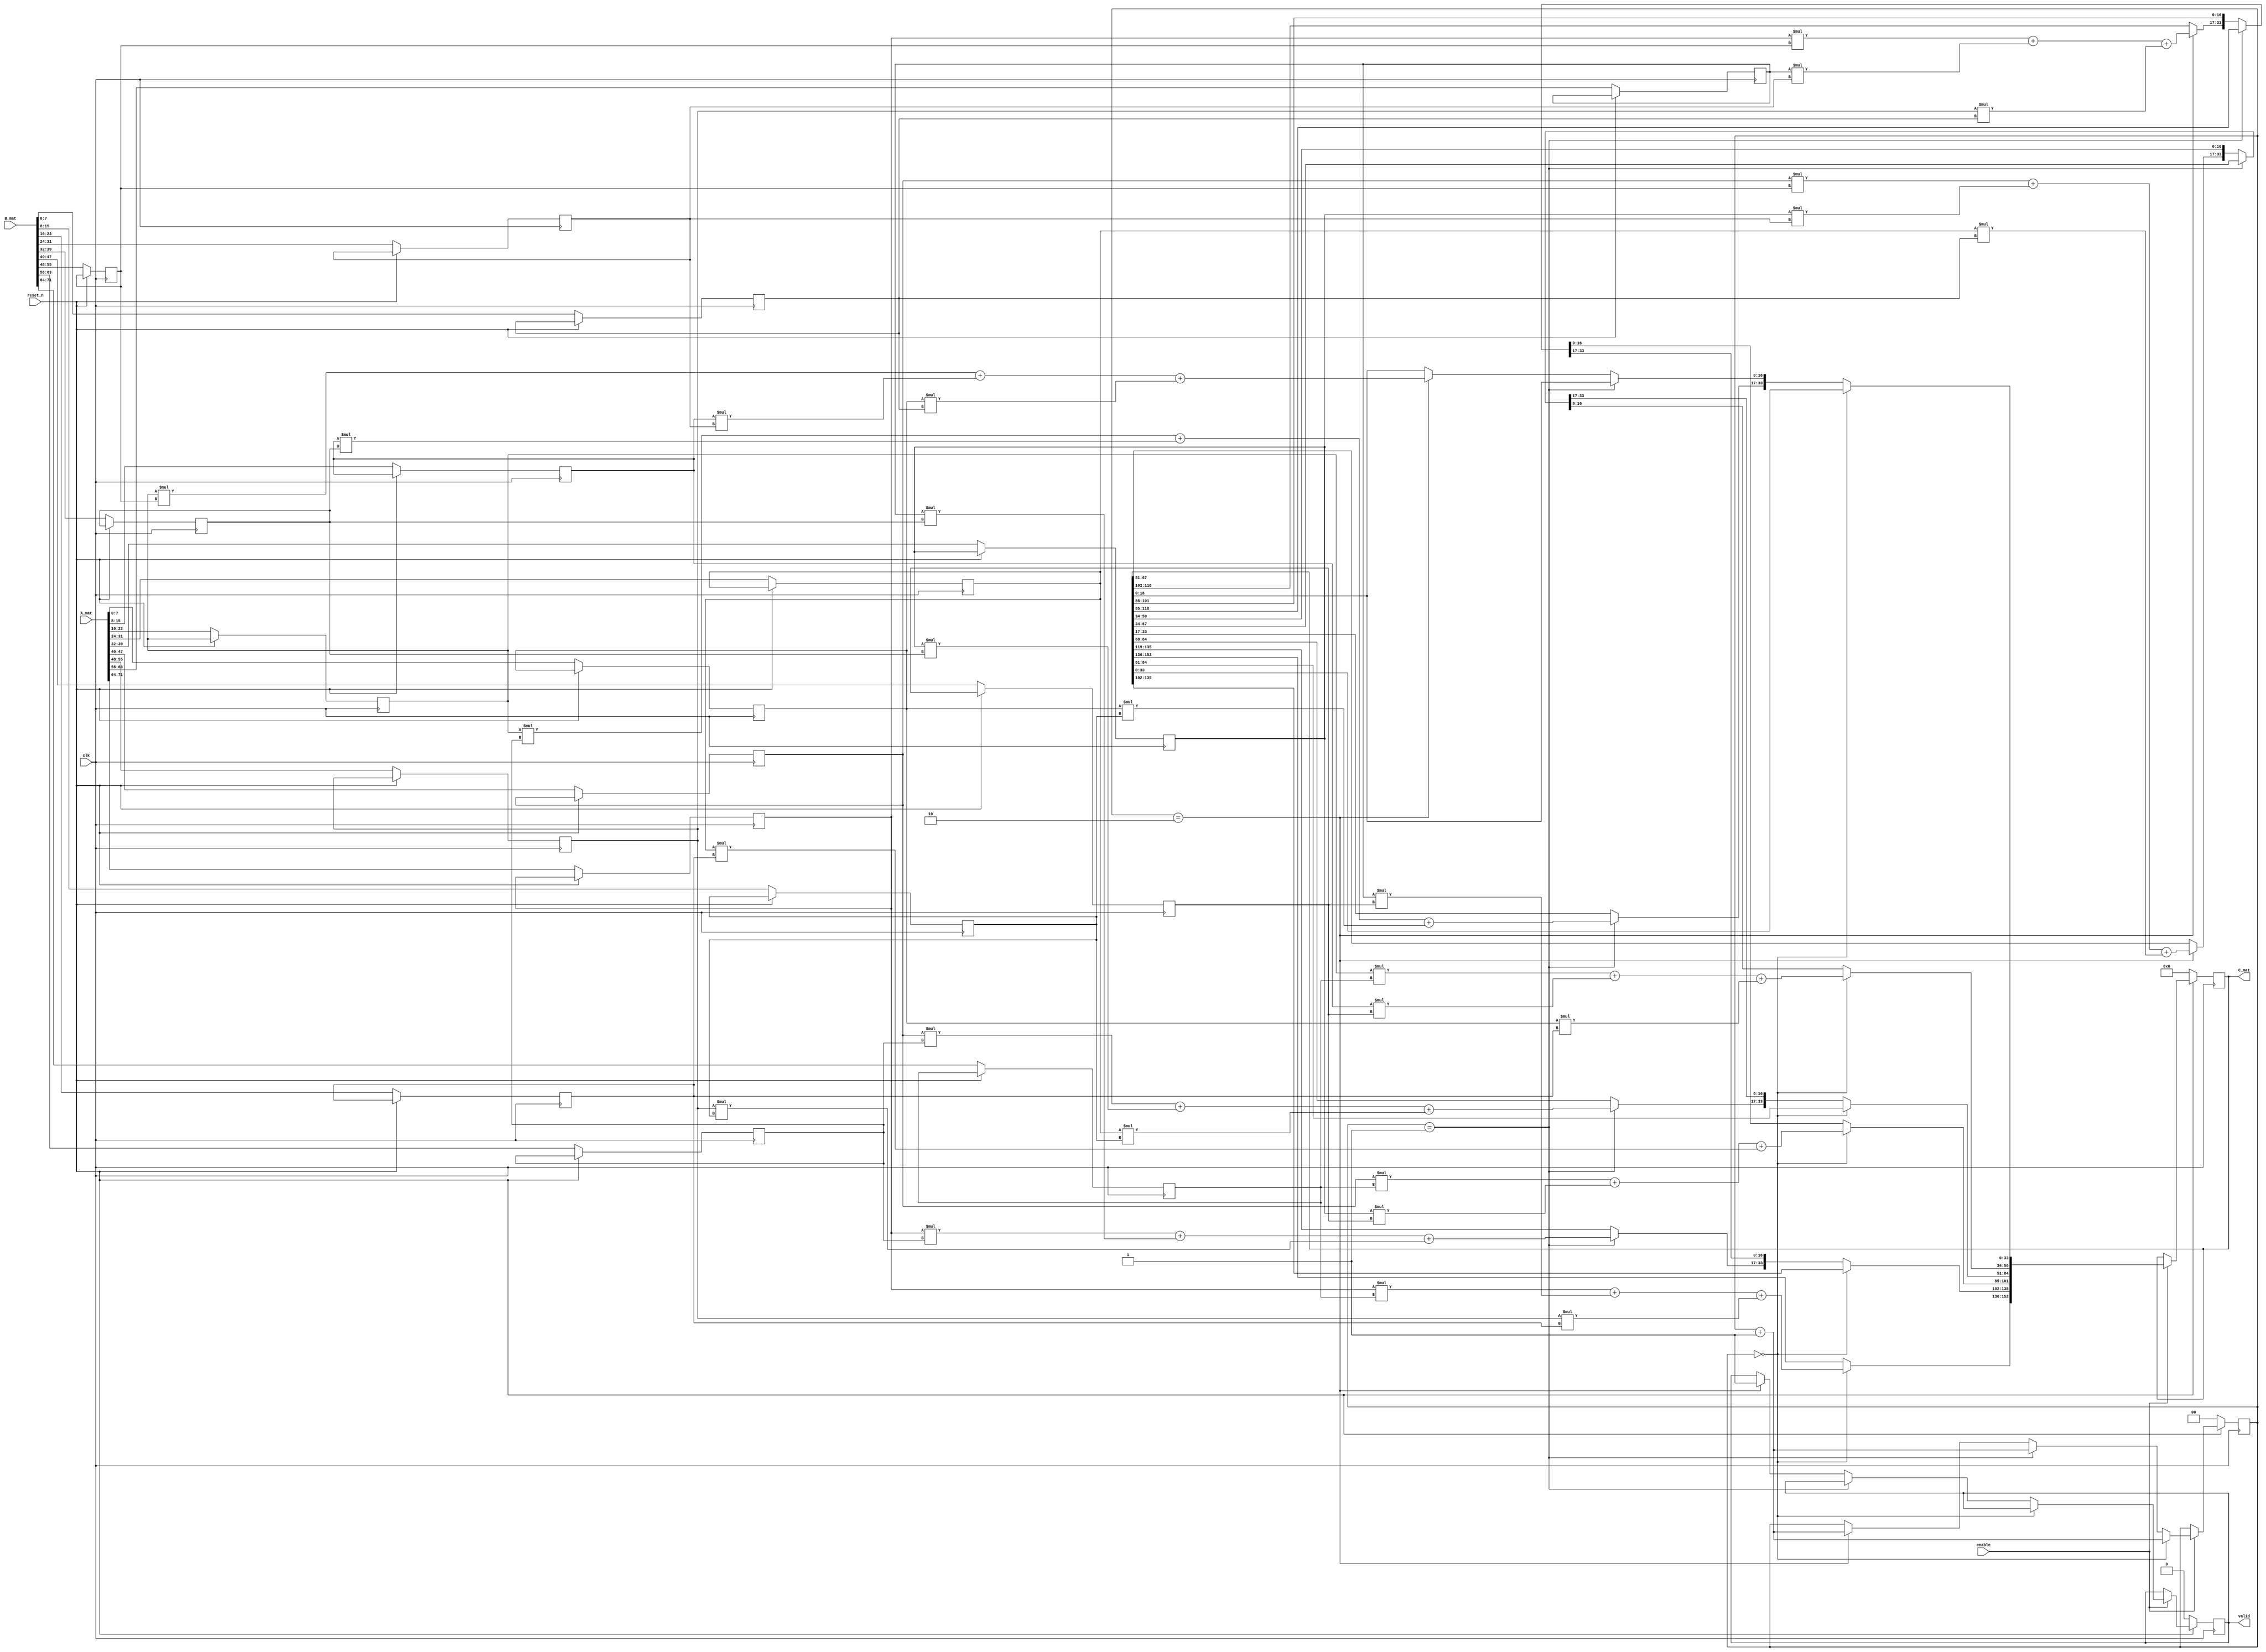
module mmult(
  input  clk,                 // Clock signal
  input  reset_n,             // Reset signal (negative logic)
  input  enable,              // Activation signal for matrix multiplication
  input  [0:9*8-1] A_mat,     // A matrix
  input  [0:9*8-1] B_mat,     // B matrix
  output  valid,               // Signals that the output is valid to read
  output reg [0:9*17-1] C_mat // The result of A x B
);
reg [7:0] A00,A01,A02,A10,A11,A12,A20,A21,A22,B00,B01,B02,B10,B11,B12,B20,B21,B22;
reg [1:0] counter;
reg valid;

always@(posedge clk)
begin
  if(!reset_n)
  begin
    counter<=2'd0;
    C_mat<=153'd0;
    valid<=1'd0;
    A00=A_mat[0:7];
    A01=A_mat[8:15];
    A02=A_mat[16:23];
    A10=A_mat[24:31];
    A11=A_mat[32:39];
    A12=A_mat[40:47];
    A20=A_mat[48:55];
    A21=A_mat[56:63];
    A22=A_mat[64:71];
    B00=B_mat[0:7];
    B01=B_mat[8:15];
    B02=B_mat[16:23];
    B10=B_mat[24:31];
    B11=B_mat[32:39];
    B12=B_mat[40:47];
    B20=B_mat[48:55];
    B21=B_mat[56:63];
    B22=B_mat[64:71];         
   end
   else
   begin
    if(enable)
    begin
      if(counter==2'd0)
      begin
        C_mat[0:16]=A00*B00+A01*B10+A02*B20;
        C_mat[51:67]=A10*B00+A11*B10+A12*B20;  
        C_mat[102:118]=A20*B00+A21*B10+A22*B20;
        counter=counter+1; 
      end
      else if(counter==2'd1)
      begin
        C_mat[17:33]=A00*B01+A01*B11+A02*B21;
        C_mat[68:84]=A10*B01+A11*B11+A12*B21;  
        C_mat[119:135]=A20*B01+A21*B11+A22*B21;
        counter=counter+1; 
      end
      else if(counter==2'd2)
      begin
        C_mat[34:50]=A00*B02+A01*B12+A02*B22;
        C_mat[85:101]=A10*B02+A11*B12+A12*B22;  
        C_mat[136:152]=A20*B02+A21*B12+A22*B22;
        counter=counter+1; 
        valid<=1'd1;
      end
      else 
      begin
        C_mat=C_mat;
      end
   end  
  
  end
  
end

endmodule